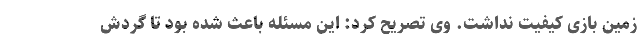
زمین بازی کیفیت نداشت. وی تصریح کرد: این مسئله باعث شده بود تا گردش